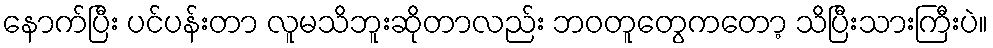
နောက်ပြီး ပင်ပန်းတာ လူမသိဘူးဆိုတာလည်း ဘဝတူတွေကတော့ သိပြီးသားကြီးပဲ။